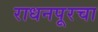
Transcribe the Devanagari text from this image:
राधनपूरचा